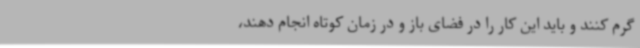
گرم کنند و باید این کار را در فضای باز و در زمان کوتاه انجام دهند،